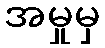
အမှုမှ